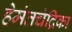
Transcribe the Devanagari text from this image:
हेमंतचंद्रिका